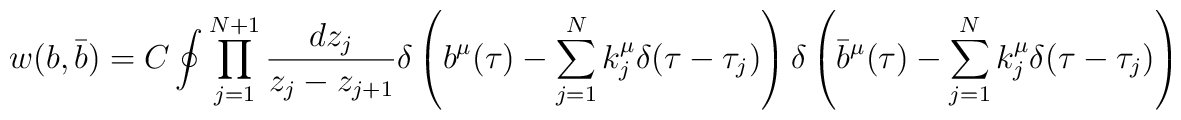
w(b,\bar b)=C\oint \prod_{j=1}^{N+1}{dz_j\over z_j-z_{j+1}}\delta\left(b^\mu(\tau)-\sum_{j=1}^{N}k_j^\mu\delta(\tau-\tau_j)\right)\delta\left(\bar b^\mu(\tau)-\sum_{j=1}^{N}k_j^\mu\delta(\tau-\tau_j)\right)